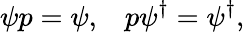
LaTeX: \psi p=\psi,\; \; \; p\psi^{\dagger}=\psi^{\dagger},